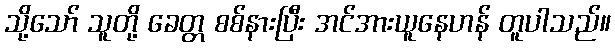
သို့သော် သူတို့ ခေတ္တ စစ်နားပြီး အင်အားယူနေဟန် တူပါသည်။